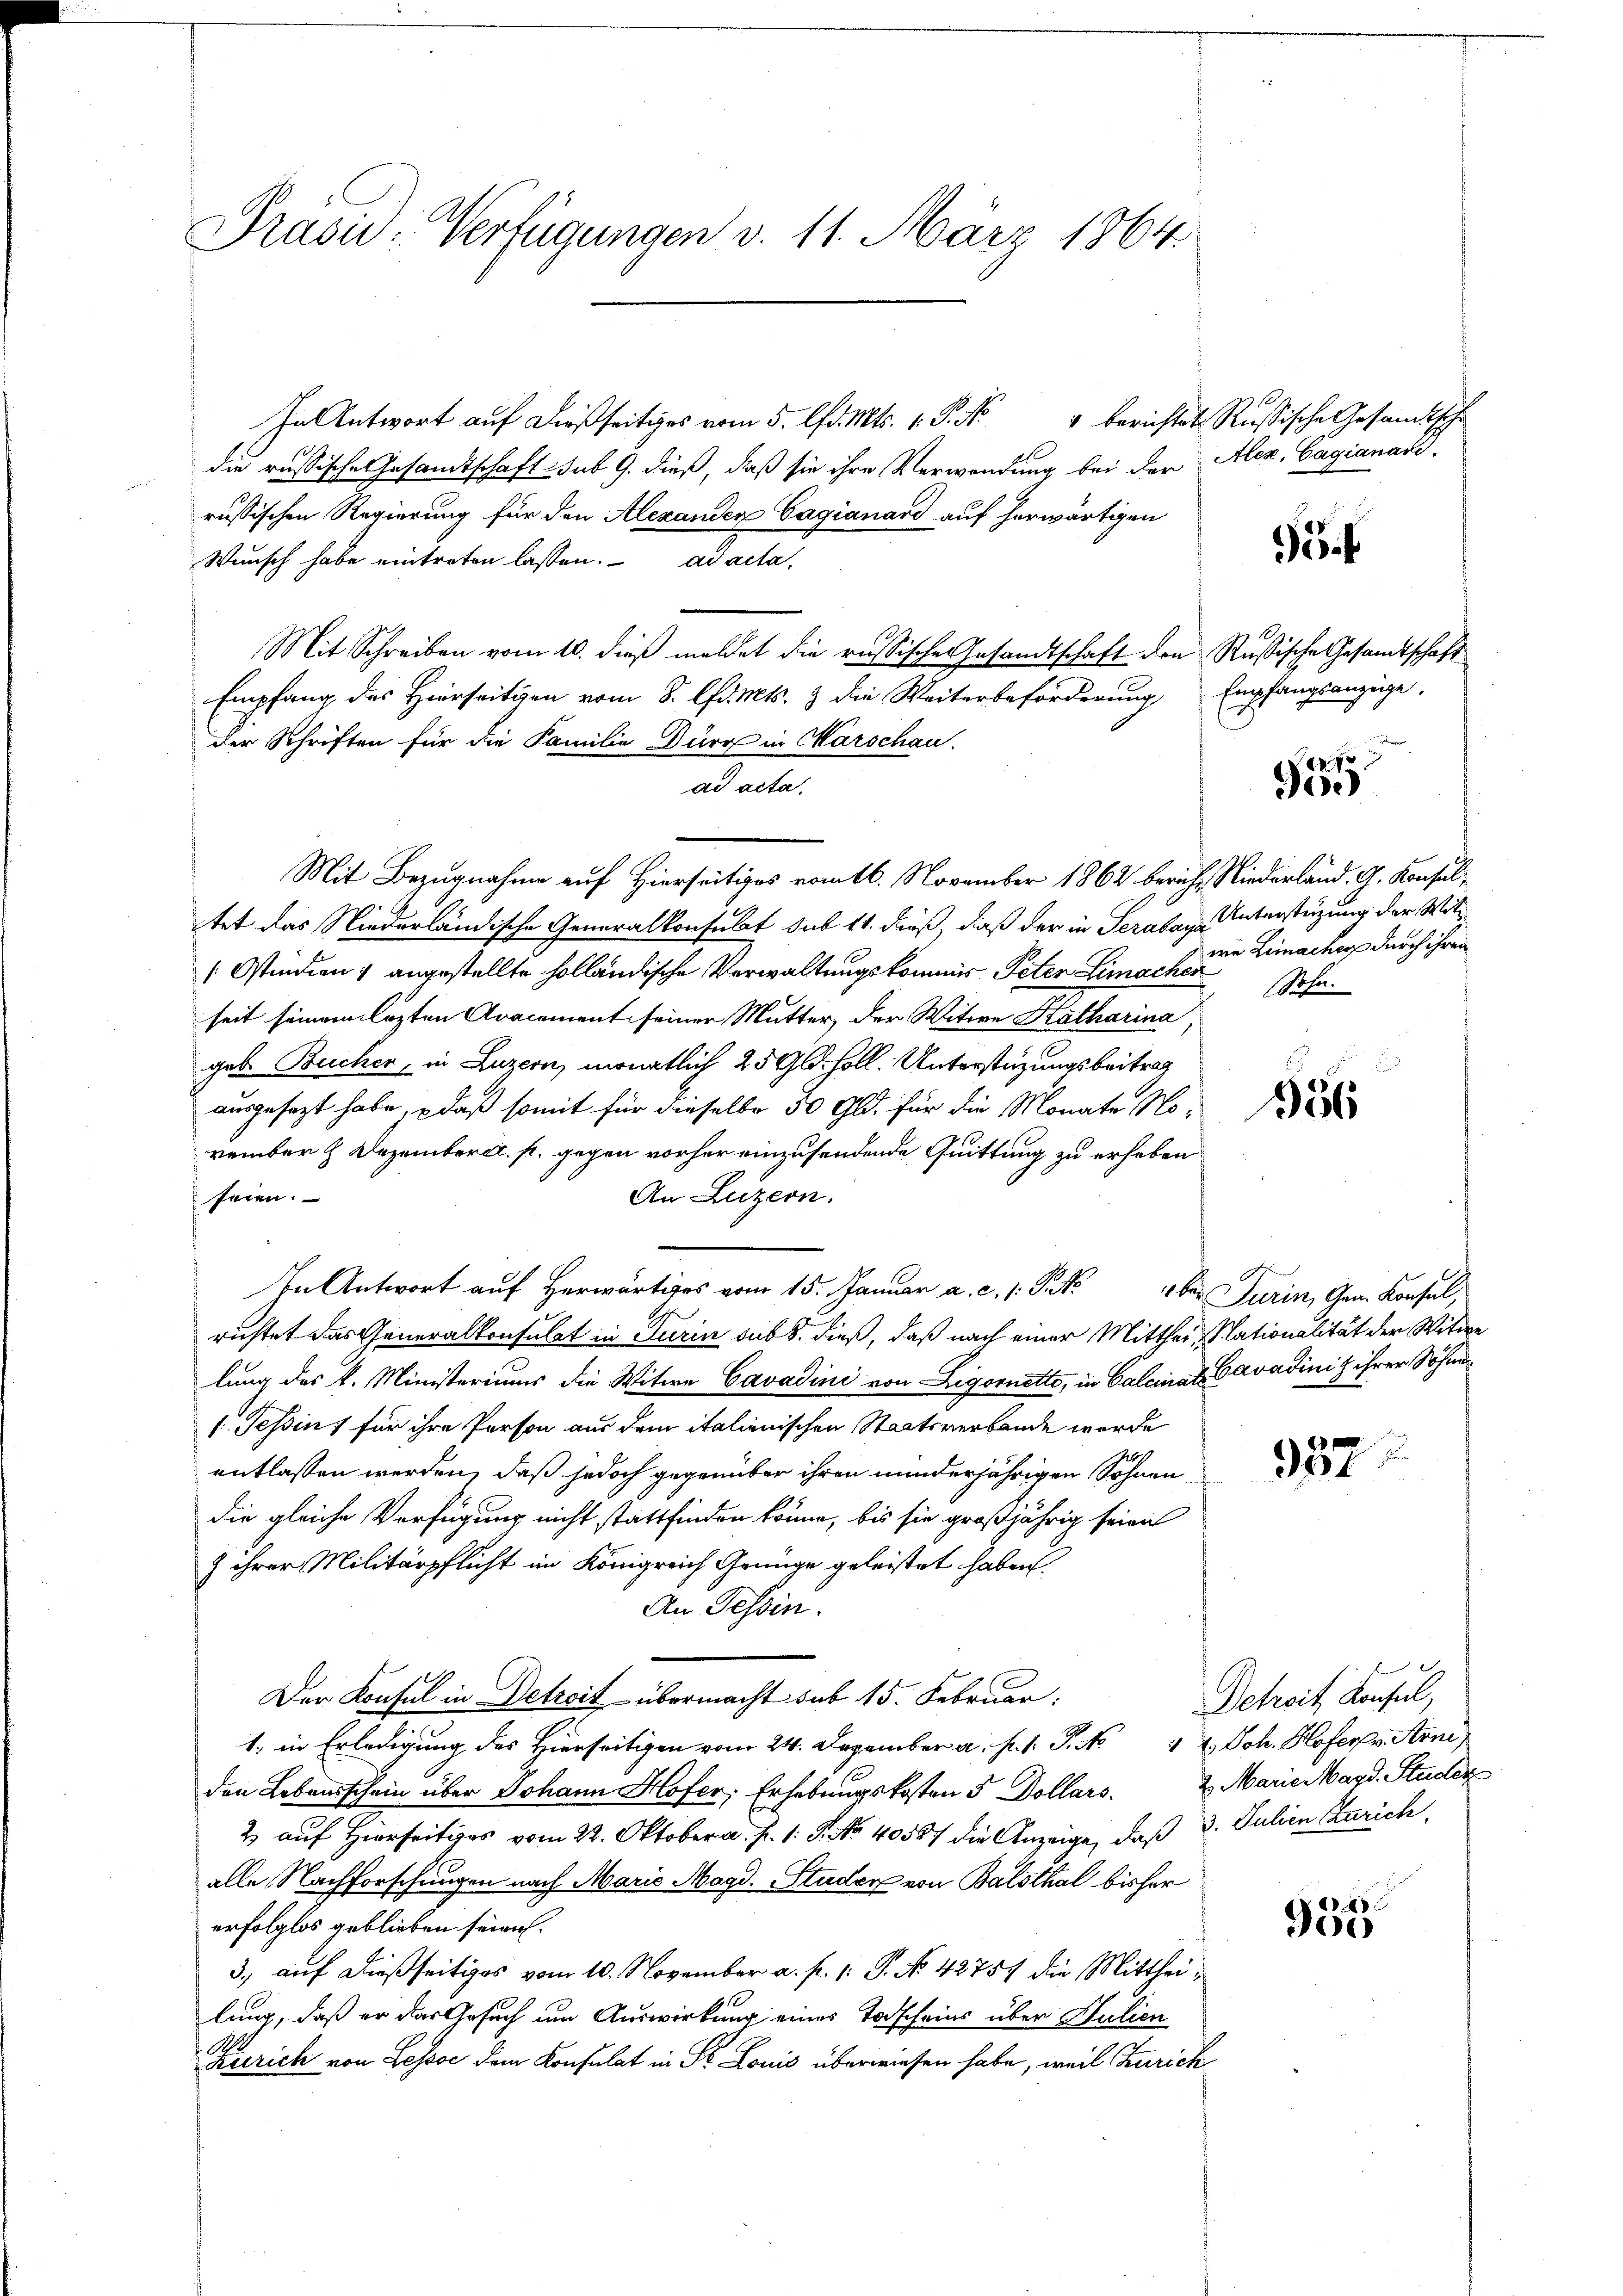
Präsid.: Verfügungen v. 11. März 1864

In Antwort auf dießseitiges vom 5. d. Mts. 1. P. No
die russische Gesandtschaft sub 9. dieß, daß sie ihre Verwendung bei der Alex. Cagianari
russischen Regierung für den Alexanden Cagianand auf herwärtigen
Wunsch habe eintreten lassen. ad acta,
Mit Schreiben vom 10. dieß meldet die russischer Gesandtschaft den Russische Gesandtschaft
Empfang des Hierseitigen vom 8. lfd. Mts. & die Weiterbeförderung Empfangsanzüge.
der Schriften für die Familie Dürr in Marschau.
ad acta.
Mit Bezugnahme auf Hierseitiges vom 16. November 1862 bericht Niederland. G. Konsul
tet das Niederländische Generalkonsulat sub 11. dieß, daß der in Seraban Unterstüzung der Wit¬
[Ostindien & angestellte holländische Verwaltungskommis Peten Limacher Sohn.
seit seinem lezten Aracement seiner Mutter, der Witwe Katharina,
geb. Bucher, in Luzern, monatlich 25 Gld. soll. Unterstüzungsbeitrag
ausgesagt habe, daß somit für dieselbe 50 Gld. für die Monate November & Dezember d. s. gegen vorher einzusendende Quittung zu erhaben
An Luzern.
seien.
In Antwort auf Herwärtiges vom 15. Januar a. c. s. Tit. aber Turin, Gem. Konsel,
richtet das Generalkonsulat in Turin sub 8. dieß, daß nach einer Mittheil, Nationalität der Witwe
lung des k. Ministeriums die Witwe Cavadini von Ligornetto, in Calcinat Cavadinis ihrer Söhnes. Tessin, für ihre Person aus dem italienischen Staatsverbande werde
entlassen werden, daß jedoch gegenüber ihren minderjährigen Söhnen
die gleiche Verfügung nicht stattfinden könne, bis sie großjährig seien
 ihrer Militärpflicht im Königreich Genüge geleistet haben.
An Tessin.
Der Konsul in Detreit übermacht sub 15. Februar:
1, in Erledigung des Hierseitigen vom 24. Dezember a. p. 1. P. No 2. Joh. Hofern Arn
den Lebensschein über Johann Hofer, Erhebungskosten 5 Dollars. 2. Marie Magd. Studer
2 auf Hierseitiges vom 22. Oktober a. p. 1. P. Nr. 40587 die Anzeige, daß 3. Julien Zürich
alle Nachforschungen nach Marie Magd. Studer von Balsthal bisher
erfolglos geblieben seien.
3., auf dießseitiges vom 10. November a. f. 1: P. No. 42757 die Mittheilung, daß er das Gesuch um Auswirkung eines Todscheins über Hulien
Zürich von Lessse dem Konsulat in St. Louis überwiesen habe, weil Zürich¬

" berichtet Russische Gesandtsche

f

3

955

wie Lemacher durch ihren

556

387

Detreit, Konsul,

4
900